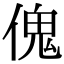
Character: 傀